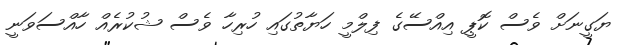
ޔަގީނަށް ވެސް ކޮޕީ އިއްސޭގެ ފިލްމީ ހަޔާތުގައި ހުރިހާ ވެސް ޝުކުރެއް ހާއްސަވަނީ